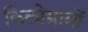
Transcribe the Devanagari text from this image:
किलोग्रामों